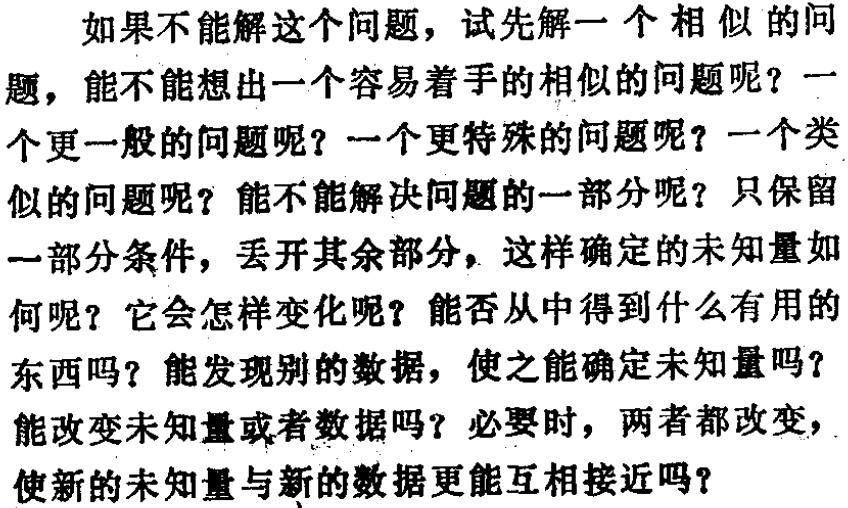
如果不能解这个问题，试先解一个相似的问

题，能不能想出一个容易着手的相似的问题呢？一

个更一般的问题呢？一个更特殊的问题呢？一个类

似的问题呢？能不能解决问题的一部分呢？只保留

一部分条件，丢开其余部分，这样确定的未知量如

何呢？它会怎样变化呢？能否从中得到什么有用的

东西吗？能发现别的数据，使之能确定未知量吗？

能改变未知量或者数据吗？必要时，两者都改变，

使新的未知量与新的数据更能互相接近吗？